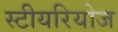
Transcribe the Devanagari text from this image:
स्टीयरियोज